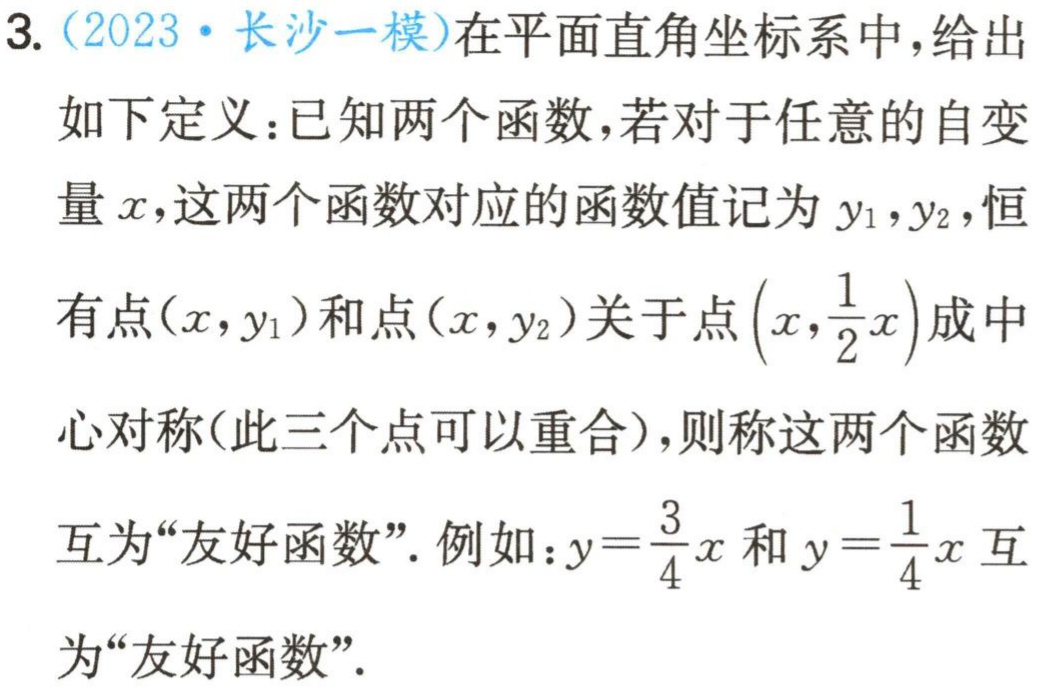
3. (2023·长沙一模)在平面直角坐标系中，给出

如下定义：已知两个函数，若对于任意的自变

量\(x\)，这两个函数对应的函数值记为\(y_{1},y_{2}\)，恒

有点\((x,y_{1})\)和点\((x,y_{2})\)关于点\((x,\frac{1}{2}x)\)成中

心对称(此三个点可以重合)，则称这两个函数

互为“友好函数”. 例如：\(y = \frac{3}{4}x\)和\(y=\frac{1}{4}x\)互

为“友好函数”.